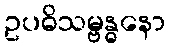
ဥပဓိသမ္ဗန္ဓနော